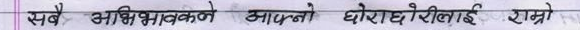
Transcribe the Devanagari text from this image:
सबै अभिभावकले आफ्नो छोराछोरीलाई राम्रो